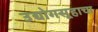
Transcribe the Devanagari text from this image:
उद्योगसूहाचा